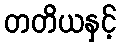
တတိယနှင့်